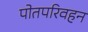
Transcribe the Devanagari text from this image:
पोतपरिवहन